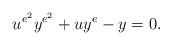
LaTeX: \begin{align*}u^{e^2} y^{e^2} + u y^e -y=0. \end{align*}